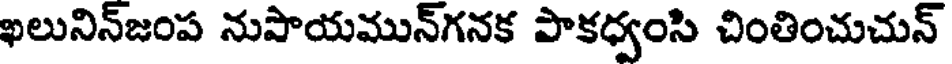
ఖలునిన్జంప నుపాయమున్గనక పాకధ్వంసి చింతించుచున్